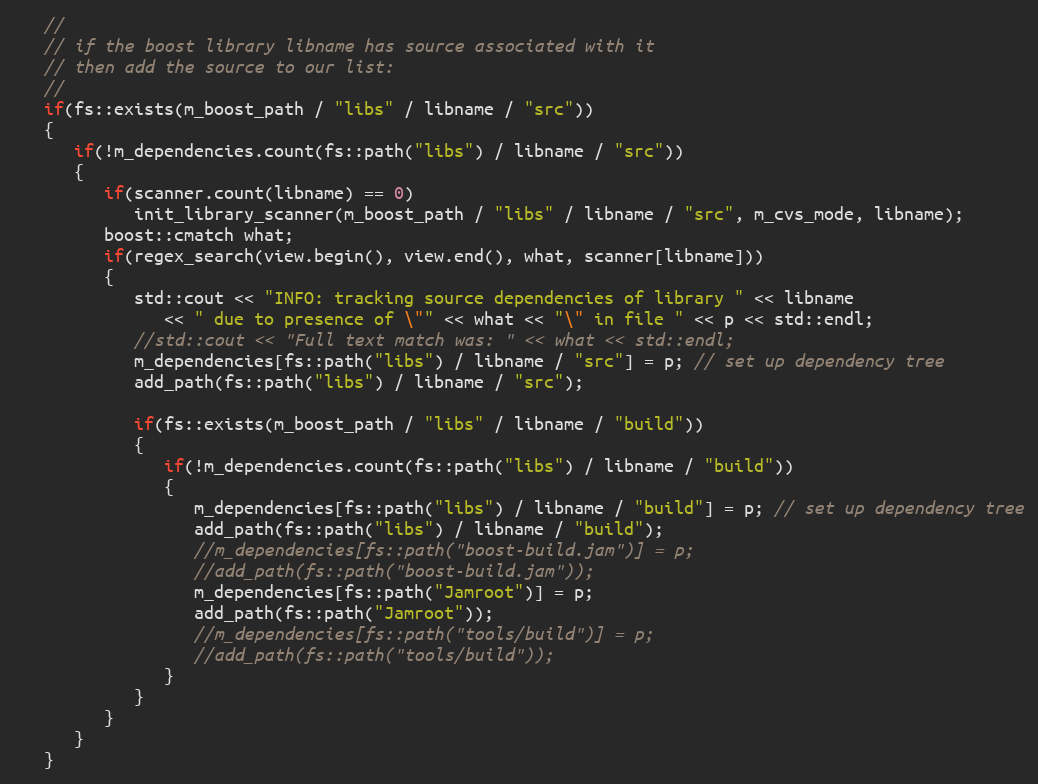
Language: C++
   //
   // if the boost library libname has source associated with it
   // then add the source to our list:
   //
   if(fs::exists(m_boost_path / "libs" / libname / "src"))
   {
      if(!m_dependencies.count(fs::path("libs") / libname / "src"))
      {
         if(scanner.count(libname) == 0)
            init_library_scanner(m_boost_path / "libs" / libname / "src", m_cvs_mode, libname);
         boost::cmatch what;
         if(regex_search(view.begin(), view.end(), what, scanner[libname]))
         {
            std::cout << "INFO: tracking source dependencies of library " << libname
               << " due to presence of \"" << what << "\" in file " << p << std::endl;
            //std::cout << "Full text match was: " << what << std::endl;
            m_dependencies[fs::path("libs") / libname / "src"] = p; // set up dependency tree
            add_path(fs::path("libs") / libname / "src");

            if(fs::exists(m_boost_path / "libs" / libname / "build"))
            {
               if(!m_dependencies.count(fs::path("libs") / libname / "build"))
               {
                  m_dependencies[fs::path("libs") / libname / "build"] = p; // set up dependency tree
                  add_path(fs::path("libs") / libname / "build");
                  //m_dependencies[fs::path("boost-build.jam")] = p;
                  //add_path(fs::path("boost-build.jam"));
                  m_dependencies[fs::path("Jamroot")] = p;
                  add_path(fs::path("Jamroot"));
                  //m_dependencies[fs::path("tools/build")] = p;
                  //add_path(fs::path("tools/build"));
               }
            }
         }
      }
   }